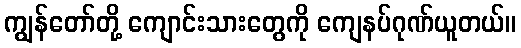
ကျွန်တော်တို့ ကျောင်းသားတွေကို ကျေနပ်ဂုဏ်ယူတယ်။